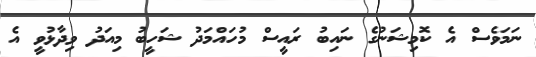
ނަމަވެސް އެ ކޮމިޝަނުގެ ނައިބު ރައީސް މުހައްމަދު ޝަހީބު މިއަދު ވިދާޅުވީ އެ